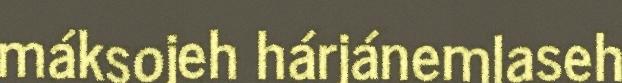
máksojeh hárjánemlaseh